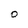
Character: O